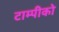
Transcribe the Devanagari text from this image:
टाम्पीको